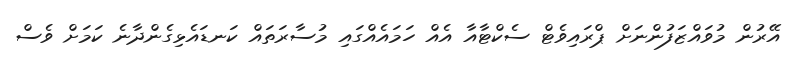
އޭރުން މުވައްޒަފުންނަށް ޕްރައިވެޓް ސެކްޓާއާ އެއް ހަމައެއްގައި މުސާރަތައް ކަނޑައެޅިގެންދާނެ ކަމަށް ވެސް